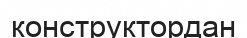
конструктордан